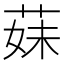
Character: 𦳀